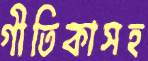
গীতিকাসহ